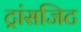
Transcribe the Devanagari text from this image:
ट्रांसजिट